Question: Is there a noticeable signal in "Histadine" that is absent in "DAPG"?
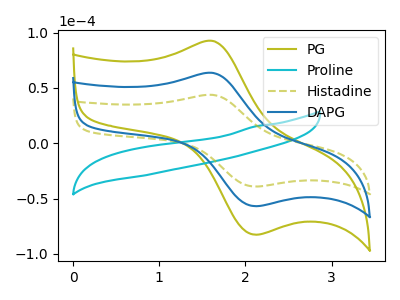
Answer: <think>The olive curve "PG" has an anodic peak at (1.65V, 127.10uA) and a cathodic peak at (2.10V, -113.55uA). The cyan curve "Proline" has no peaks. The olive dashed curve "Histadine" has an anodic peak at (1.65V, 43.70uA) and a cathodic peak at (2.10V, -39.05uA). The blue curve "DAPG" has an anodic peak at (1.65V, 63.55uA) and a cathodic peak at (2.10V, -56.75uA).
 All the peaks in "Histadine" have a peak in "DAPG" at the same potential. Every peak in "Histadine" is lower than every peak in "DAPG".</think>
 <answer>No, "Histadine" and "DAPG" don't appear to be significantly different in shape</answer>
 <eval>no_change</eval>